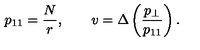
p _ { 1 1 } = \frac { N } { r } , \qquad v = \Delta \left( \frac { p _ { \perp } } { p _ { 1 1 } } \right) .